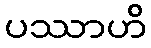
ပဿာဟိ